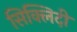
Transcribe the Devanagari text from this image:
सिक्लिदी